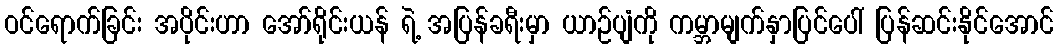
ဝင်ရောက်ခြင်း အပိုင်းဟာ အော်ရိုင်းယန် ရဲ့ အပြန်ခရီးမှာ ယာဉ်ပျံကို ကမ္ဘာမျက်နှာပြင်ပေါ် ပြန်ဆင်းနိုင်အောင်